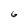
Character: 6